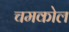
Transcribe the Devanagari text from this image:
चमकोल